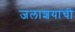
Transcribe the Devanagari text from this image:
जलाशयांची